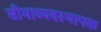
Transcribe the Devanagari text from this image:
सीमाव्यवस्थापक